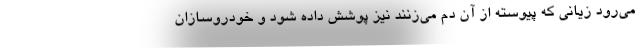
می‌رود زیانی که پیوسته از آن دم می‌زنند نیز پوشش داده شود و خودروسازان